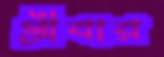
গ্রীবার